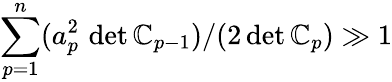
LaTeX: \sum_{p=1}^{n}(a_{p}^{2}\, \operatorname*{det}\mathbb{C}_{p-1})/(2\operatorname*{det}\mathbb{C}_{p})\gg1